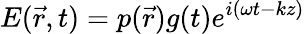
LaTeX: E(\vec{r},t)=p(\vec{r})g(t)e^{i(\omega{t}-kz)}